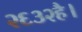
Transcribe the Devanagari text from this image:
२६३२है।